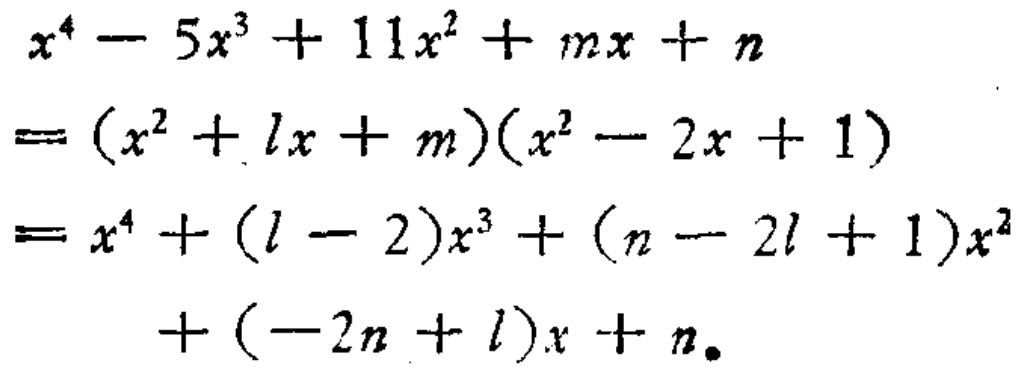
\[

\begin{align*}

&x^{4}-5x^{3}+11x^{2}+mx + n\\

=&(x^{2}+lx + m)(x^{2}-2x + 1)\\

=&x^{4}+(l - 2)x^{3}+(n - 2l + 1)x^{2}+(-2n + l)x + n。

\end{align*}

\]